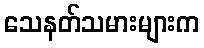
သေနတ်သမားများက